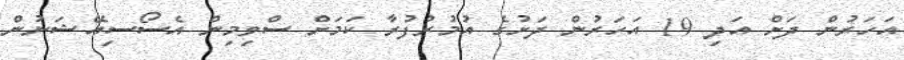
އަހަރުން ދަށް އަދި 19 އަހަރުން ދަށުގެ އުމުރުފުރާ ކަމަށް ސްވިމިން އެސޯސިއޭޝަނުން